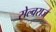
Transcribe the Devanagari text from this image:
सेल्वराज